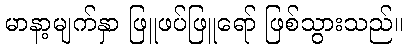
မာနာ့မျက်နှာ ဖြူဖပ်ဖြူရော် ဖြစ်သွားသည်။